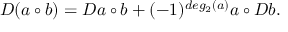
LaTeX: D ( a \circ b ) = D a \circ b + ( - 1 ) ^ { d e g _ { 2 } ( a ) } a \circ D b .